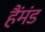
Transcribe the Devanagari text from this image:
हैंमंड